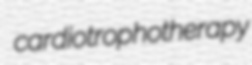
cardiotrophotherapy